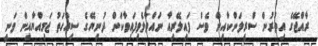
ރާއްޖޭގެ އިތުރުން ސްރީލަންކާއިން ވެސް ފައިލޭރިއާ ނައްތާލެވިފައިވާކަން ދުނިޔޭގެ ސިއްހަތު ޖަމިއްޔާއިން ވަނީ